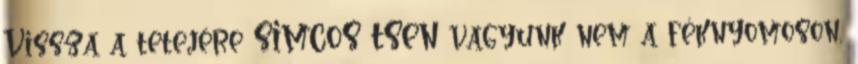
Vissza a tetejére SIMCOS TSEN vagyunk nem a féknyomoson,